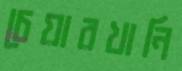
চেয়ারখানি